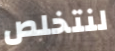
لنتخلص